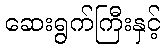
ဆေးရွက်ကြီးနှင့်